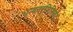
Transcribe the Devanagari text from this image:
धन्वतरपिनिघंटु